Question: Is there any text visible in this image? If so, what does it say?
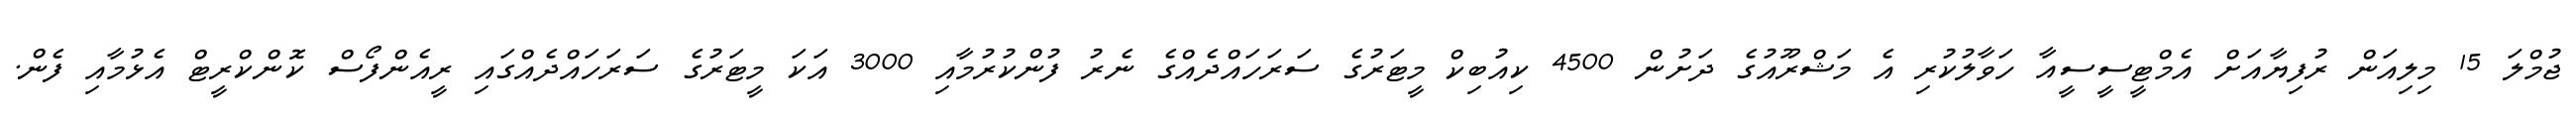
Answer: ޖުމްލަ 15 މިލިއަން ރުފިޔާއަށް އެމްޓީސީސީއާ ހަވާލުކުރި އެ މަޝްރޫއުގެ ދަށުން 4500 ކިއުބިކް މީޓަރުގެ ސަރަހައްދެއްގެ ނެރު ފުންކުރުމާއި 3000 އަކަ މީޓަރުގެ ސަރަހައްދެއްގައި ރީއެންފޯސް ކޮންކްރީޓް އެޅުމާއި ފެން.